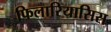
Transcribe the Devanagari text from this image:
फिलारियासिस